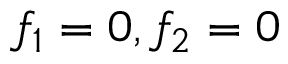
f _ { 1 } = 0 , f _ { 2 } = 0